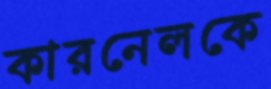
কারনেলকে